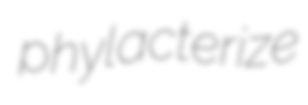
phylacterize